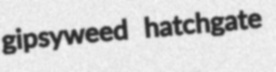
gipsyweed hatchgate